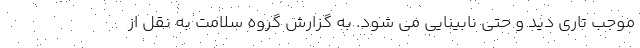
موجب تاری دید و حتی نابینایی می شود. به گزارش گروه سلامت به نقل از